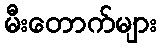
မီးတောက်များ